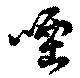
咽